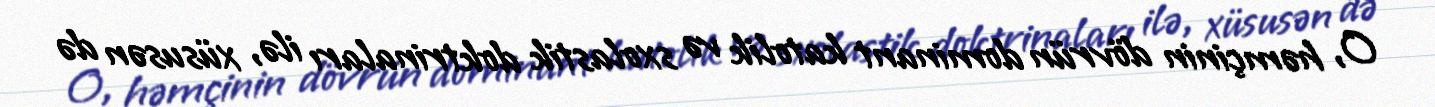
O, həmçinin dövrün dominant katolik və sxolastik doktrinaları ilə, xüsusən də